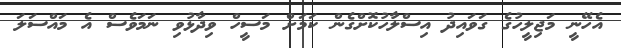
އެހޭނީ މަޖިލީހުގެ ގަވައިދު އިސްލާުހުކޮށްގެން ކަމަށް މަސީހް ވިދާޅުވި ނަމަވެސް އެ މައްސަލަ